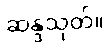
ဆန္ဒသုတ်။